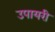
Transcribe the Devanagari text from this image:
उपायरी